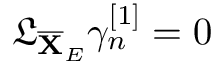
\mathfrak { L } _ { \overline { { \mathbf { X } } } _ { E } } \gamma _ { n } ^ { [ 1 ] } = 0